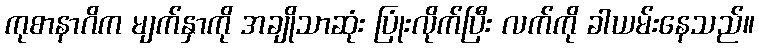
ကုစာနာဂိက မျက်နှာကို အချိုသာဆုံး ပြုံးလိုက်ပြီး လက်ကို ခါယမ်းနေသည်။